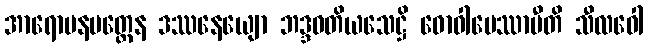
အာရောပနမတ္တေန ဒဿနေယျော ဘဒ္ဒဝတိယသေဋ္ဌိ ဓောဝါပေဿာမီတိ သီလဝေါ